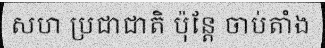
សហ ប្រជាជាតិ ប៉ុន្តែ ចាប់តាំង